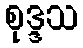
စုဒ္ဒသ